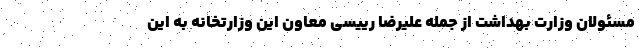
مسئولان وزارت بهداشت از جمله علیرضا رییسی معاون این وزارتخانه به این